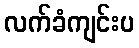
လက်ခံကျင်းပ